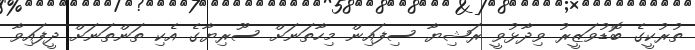
ތުރުކީގެ ބޮޑުވަޒީރު ވިދާޅުވީ ރަޝިޔާ ސިފައިން މިހާތަނަށް ސޫރިޔާގެ އެކި ތަންތަނަށް ދީފައިވާ